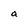
Character: a